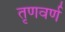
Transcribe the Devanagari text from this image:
तृणवर्ण